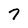
Character: 7